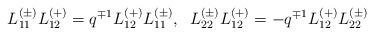
LaTeX: \begin{align*}L_{11}^{(\pm)}L_{12}^{(+)}=q^{\mp 1}L_{12}^{(+)}L_{11}^{(\pm)},\;\;L_{22}^{(\pm)}L_{12}^{(+)}=-q^{\mp 1}L_{12}^{(+)}L_{22}^{(\pm)}\end{align*}